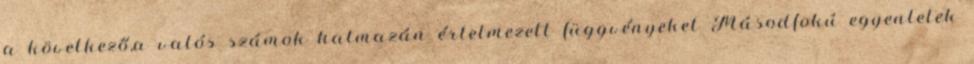
a következő,a valós számok halmazán értelmezett függvényeket Másodfokú egyenletek